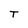
Character: T